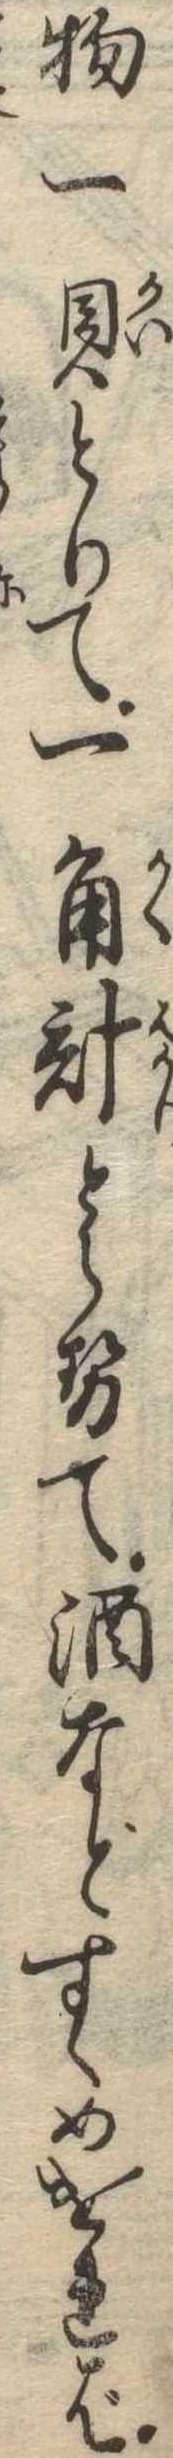
物一貝とりて一角計とらせて酒などすゝめければ